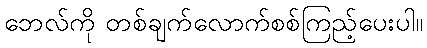
ဘေလ်ကို တစ်ချက်လောက်စစ်ကြည့်ပေးပါ။